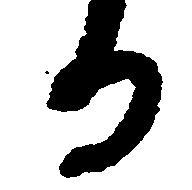
る